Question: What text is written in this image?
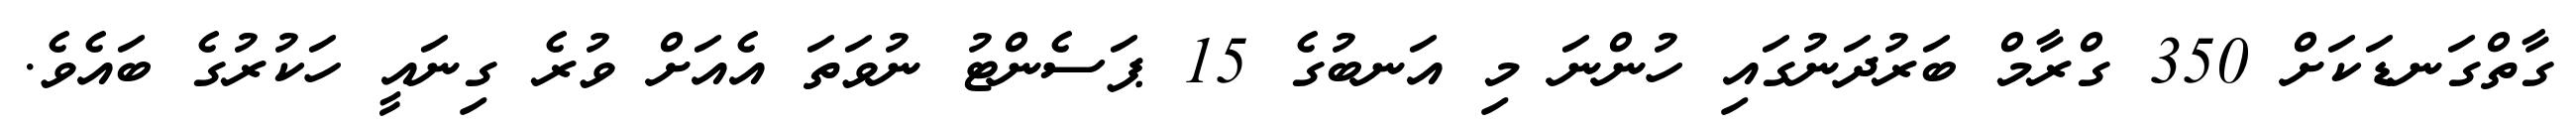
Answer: ގާތްގަނޑަކަށް 350 ގްރާމް ބަރުދަނުގައި ހުންނަ މި އަނބުގެ 15 ޕަސެންޓު ނުވަތަ އެއަށް ވުރެ ގިނައީ ހަކުރުގެ ބައެވެ.